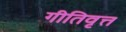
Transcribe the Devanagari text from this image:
गीतिवृत्त